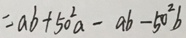
= a b + 5 0 ^ { 2 } a - a b - 5 0 ^ { 2 } b